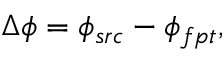
\Delta \phi = \phi _ { s r c } - \phi _ { f p t } ,